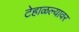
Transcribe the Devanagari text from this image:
टेहाळल्यावर